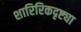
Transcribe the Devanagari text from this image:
शारिरिकदृष्ट्या